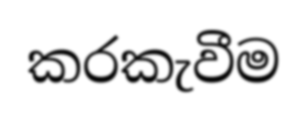
කරකැවීම